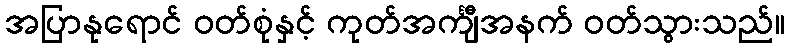
အပြာနုရောင် ဝတ်စုံနှင့် ကုတ်အင်္ကျီအနက် ဝတ်သွားသည်။